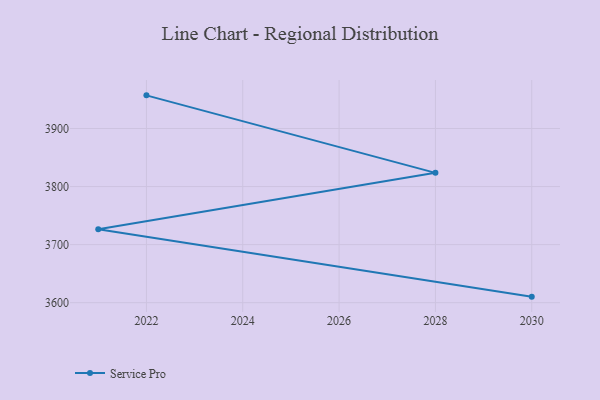
{"axis": {"x": "Year", "y": "Market Share (%)"}, "legend": ["Service Pro"], "data": [{"x": "2030", "y": 3610.4, "type": "Service Pro"}, {"x": "2021", "y": 3726.4, "type": "Service Pro"}, {"x": "2028", "y": 3823.6, "type": "Service Pro"}, {"x": "2022", "y": 3957.1, "type": "Service Pro"}]}